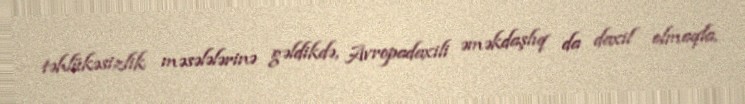
təhlükəsizlik məsələlərinə gəldikdə, Avropadaxili əməkdaşlıq da daxil olmaqla,